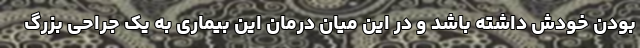
بودن خودش داشته باشد و در این میان درمان این بیماری به یک جراحی بزرگ